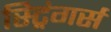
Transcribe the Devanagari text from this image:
स्ट्रिंगर्स